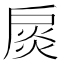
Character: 扊